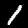
Digit: 1